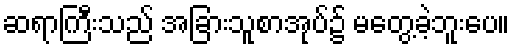
ဆရာကြီးသည် အခြားသူစာအုပ်၌ မတွေ့ခဲ့ဘူးပေ။